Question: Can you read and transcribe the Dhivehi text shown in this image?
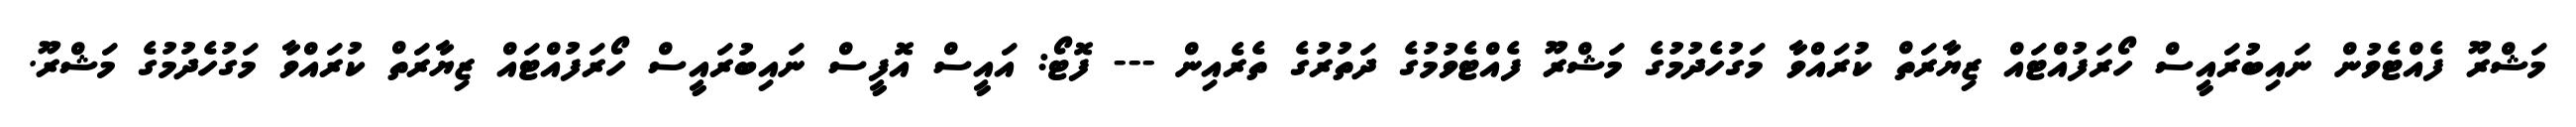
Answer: މަޝްރޫ ފެއްޓެވުން ނައިބުރައީސް ހޯރަފުއްޓައް ޒިޔާރަތް ކުރައްވާ މަގުހެދުމުގެ މަޝްރޫ ފެއްޓެވުމުގެ ދަތުރުގެ ތެރެއިން --- ފޮޓޯ: އައީސް އޮފީސް ނައިބުރައީސް ހޯރަފުއްޓައް ޒިޔާރަތް ކުރައްވާ މަގުހެދުމުގެ މަޝްރޫ.